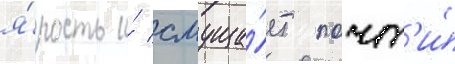
я́рость и́ смуща́ет почт'и́